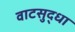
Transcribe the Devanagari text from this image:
वाटसुद्धा